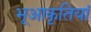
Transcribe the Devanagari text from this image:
भूआकृतियां